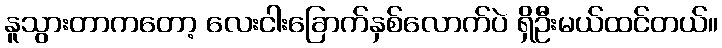
နူသွားတာကတော့ လေးငါးခြောက်နှစ်လောက်ပဲ ရှိဦးမယ်ထင်တယ်။